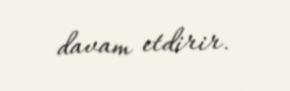
davam etdirir.